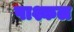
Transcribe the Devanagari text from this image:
पाश्कल